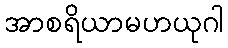
အာစရိယာမဟယုဂါ